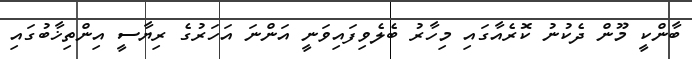
ބާންކީ މޫން ދެކުނު ކޮރެއާގައި މިހާރު ބެލެވިފައިވަނީ އަންނަ އަހަރުގެ ރިޔާސީ އިންތިޚާބުގައި